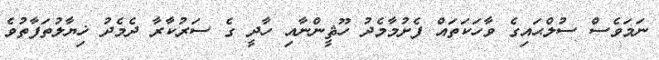
ނަމަވެސް ސުލްޙައިގެ ވާހަކަތައް ފެށުމާމެދު ހޫޘީންނާއި ހާދީ ގެ ސަރުކާރާ ދެމެދު ޚިޔާލުތަފާތުވެ